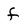
Character: f